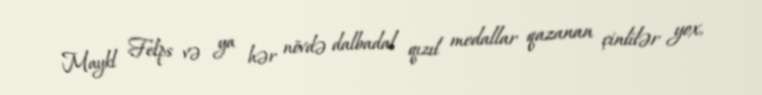
Maykl Felps və ya hər növdə dalbadal qızıl medallar qazanan çinlilər yox,